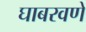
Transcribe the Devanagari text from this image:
घाबरवणे